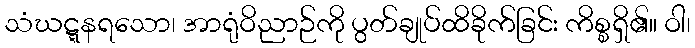
သံဃဋ္ဋနရသော၊ အာရုံဝိညာဉ်ကို ပွတ်ချုပ်ထိခိုက်ခြင်း ကိစ္စရှိ၏။ ဝါ၊